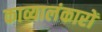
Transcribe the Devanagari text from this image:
काव्यालंकारों